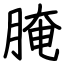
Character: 腌